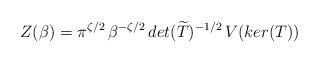
LaTeX: \begin{align*}Z(\beta)=\pi^{\zeta/2}\,\beta^{-\zeta/2}\,det(\widetilde{T})^{-1/2}\,V(ker(T)) \end{align*}